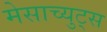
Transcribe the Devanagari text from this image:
मेसाच्युट्स